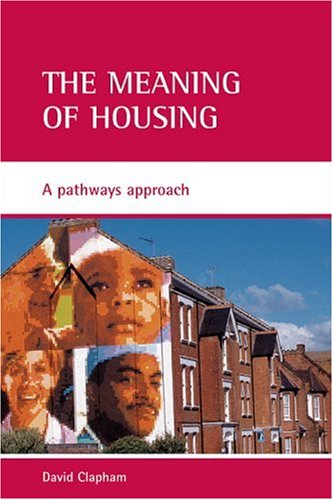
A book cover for The Meaning of Housing: A Pathways Approach; David Clapham; Law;